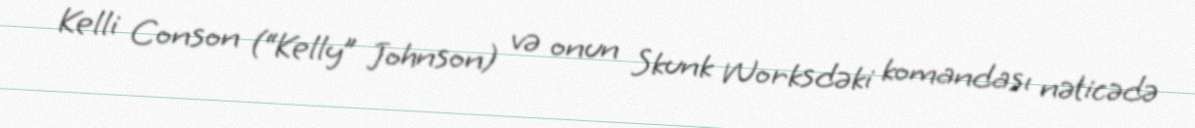
Kelli Conson (“Kelly” Johnson) və onun Skunk Worksdəki komandası nəticədə